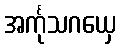
အင်္ကုသဂယှေ